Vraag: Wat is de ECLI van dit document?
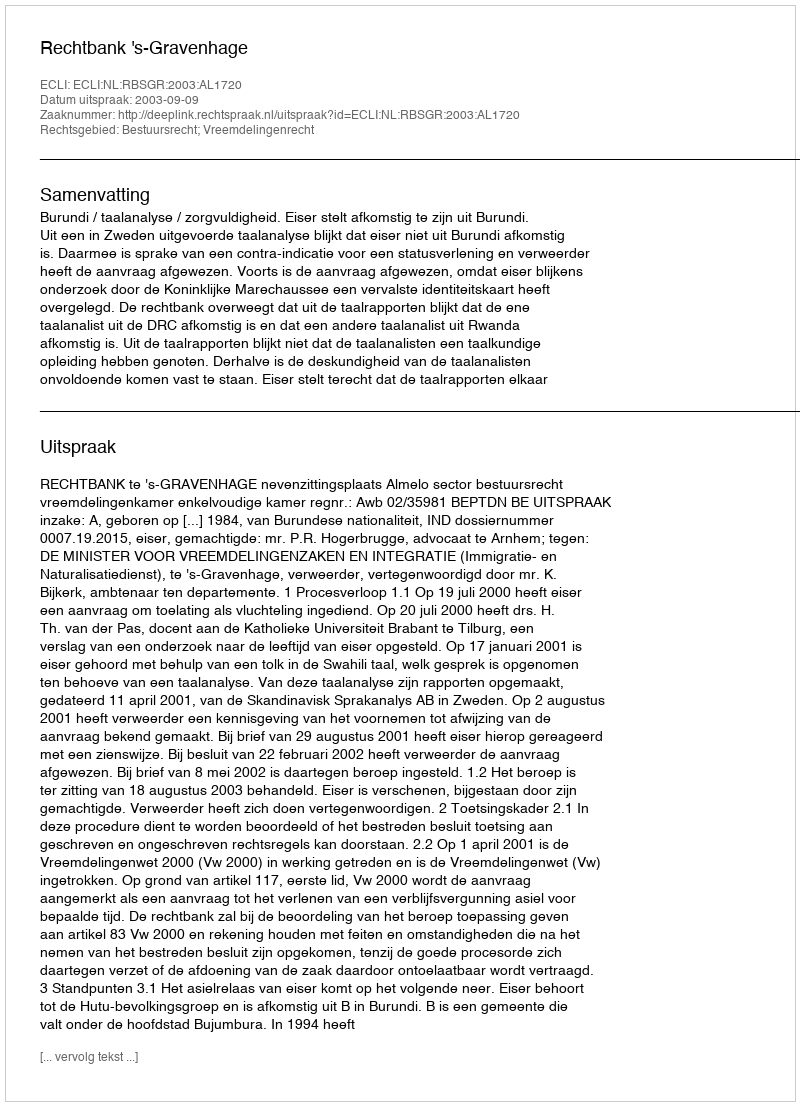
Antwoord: ECLI:NL:RBSGR:2003:AL1720